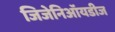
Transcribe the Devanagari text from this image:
जिजेनिऑयडीज